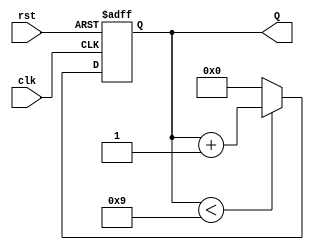
module decade_counter (
    input wire clk,         // Clock input
    input wire rst,         // Asynchronous reset input
    output reg [3:0] Q      // 4-bit output for the count
);
    
    // Define the behavior on the rising edge of the clock or on reset
    always @(posedge clk or posedge rst) begin
        if (rst) begin
            // Reset the count to 0
            Q <= 4'b0000;
        end else begin
            // Increment the count if it is less than 9
            if (Q < 4'b1001) begin
                Q <= Q + 1;
            end else begin
                // Reset to 0 if count reaches 10
                Q <= 4'b0000;
            end
        end
    end

endmodule